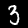
Digit: 3